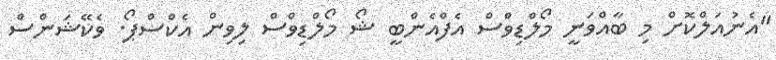
"އެނުއަލްކޮށް މި ބާއްވަނީ މޯލްޑިވްސް އެފްއެންބީ ޝޯ މޯލްޑިވްސް ލިވިން އެކްސްޕޯ. ވެކޭޝަންސް